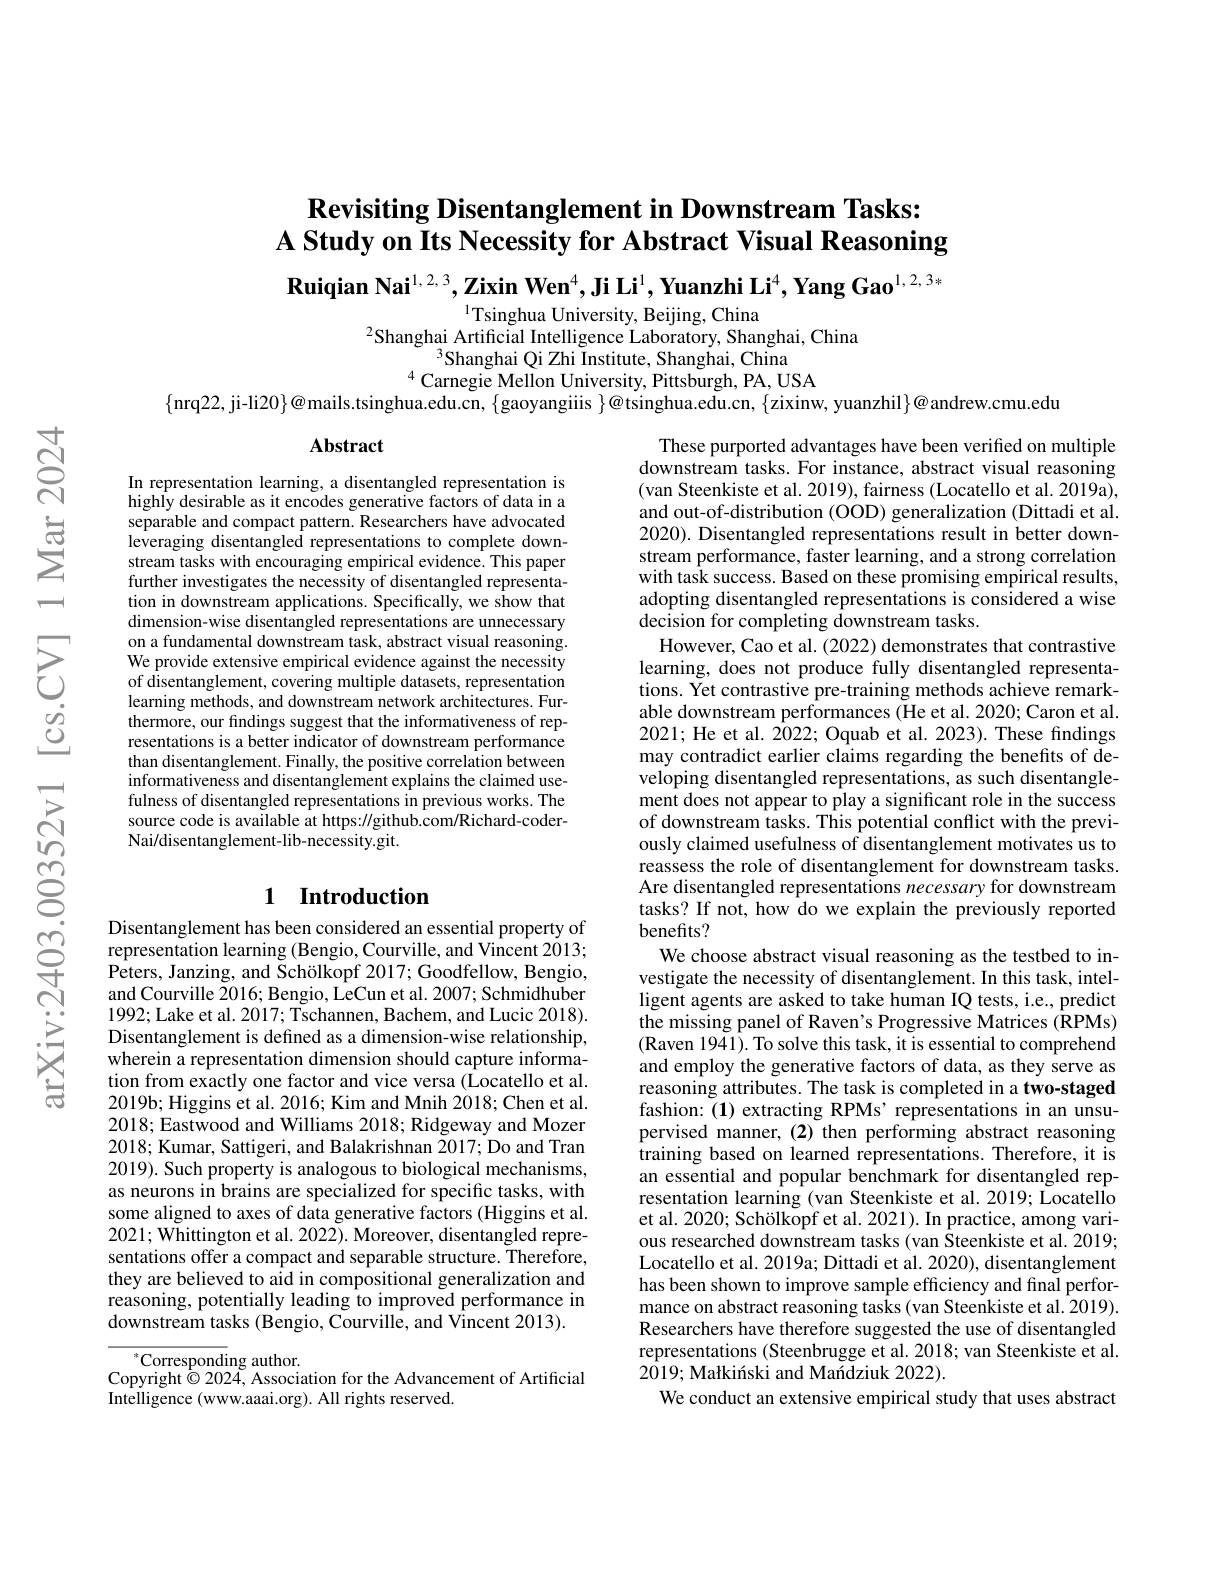
# $\textbf{Revisiting Disentanglement in Downstream Tasks: }$ A Study on Its Necessity for Abstract Visual Reasoning

Ruiqian Nai$^{1,2,3},\textbf{Zixin Wen}^4,\textbf{Ji Li}^1,\textbf{Yuanzhi Li}^4,\textbf{Yang Gao}^{1,2,3*}$
$^{1}$Tsinghua University, Beijing, China

$^{2}$Shanghai Artificial Intelligence Laboratory, Shanghai, China
$^{3}$Shanghai Qi Zhi Institute, Shanghai, China
$^{4}$Carnegie Mellon University, Pittsburgh, PA, USA
$\{$nrq22, ji-li20$\}@$mails.tsinghua.edu.cn, $\{$gaoyangiiis $\}@$tsinghua.edu.cn, $\{$zixinw, yuanzhil$\}@$andrew.cmu.edu

Abstract

In representation learning, a disentangled representation is highly desirable as it encodes generative factors of data in a separable and compact pattern. Researchers have advocated leveraging disentangled representations to complete downstream tasks with encouraging empirical evidence. This paper further investigates the necessity of disentangled representation in downstream applications. Specifically, we show that dimension-wise disentangled representations are unnecessary on a fundamental downstream task, abstract visual reasoning. We provide extensive empirical evidence against the necessity of disentanglement, covering multiple datasets, representation learning methods, and downstream network architectures. Furthermore, our findings suggest that the informativeness of representations is a better indicator of downstream performance than disentanglement. Finally, the positive correlation between informativeness and disentanglement explains the claimed usefulness of disentangled representations in previous works. The source code is available at https://github.com/Richard-coderNai/disentanglement-lib-necessity.git.

# 1 Introduction

Disentanglement has been considered an essential property of representation learning (Bengio, Courville, and Vincent 2013; Peters, Janzing, and Schölkopf 2017; Goodfellow, Bengio, and Courville 2016; Bengio, LeCun et al. 2007; Schmidhuber 1992; Lake et al. 2017; Tschannen, Bachem, and Lucic 2018). Disentanglement is defined as a dimension-wise relationship, wherein a representation dimension should capture information from exactly one factor and vice versa (Locatello et al. 2019b; Higgins et al. 2016; Kim and Mnih 2018; Chen et al. 2018; Eastwood and Williams 2018; Ridgeway and Mozer 2018; Kumar, Sattigeri, and Balakrishnan 2017; Do and Tran 2019). Such property is analogous to biological mechanisms, as neurons in brains are specialized for specific tasks, with some aligned to axes of data generative factors (Higgins et al. 2021; Whittington et al. 2022) . Moreover, disentangled repre- sentations offer a compact and separable structure. Therefore, they are believed to aid in compositional generalization and reasoning, potentially leading to improved performance in downstream tasks (Bengio, Courville, and Vincent 2013).

$^*$Corresponding author.
Copyright $\dot{\odot}$ 2024, Association for the Advancement of Artificial
Intelligence (www.aaai.org). All rights reserved

These purported advantages have been verified on multiple downstream tasks. For instance, abstract visual reasoning (van Steenkiste et al. 2019), fairness (Locatello et al. 2019a), and out-of-distribution (OOD) generalization (Dittadi et al. 2020). Disentangled representations result in better downstream performance, faster learning, and a strong correlation with task success. Based on these promising empirical results, adopting disentangled representations is considered a wise decision for completing downstream tasks.
However, Cao et al. (2022) demonstrates that contrastive learning, does not produce fully disentangled representations. Yet contrastive pre-training methods achieve remarkable downstream performances (He et al. 2020; Caron et al. 2021; He et al. 2022; Oquab et al. 2023). These findings may contradict earlier claims regarding the benefits of developing disentangled representations, as such disentanglement does not appear to play a significant role in the success of downstream tasks. This potential conflict with the previously claimed usefulness of disentanglement motivates us to reassess the role of disentanglement for downstream tasks. Are disentangled representations necessary for downstream tasks? If not, how do we explain the previously reported benefits?
We choose abstract visual reasoning as the testbed to investigate the necessity of disentanglement. In this task, intelligent agents are asked to take human IQ tests, i.e., predict the missing panel of Raven's Progressive Matrices (RPMs) (Raven 1941). To solve this task, it is essential to comprehend and employ the generative factors of data, as they serve as reasoning attributes. The task is completed in a two-staged fashion: (1) extracting RPMs' representations in an unsupervised manner, (2) then performing abstract reasoning training based on learned representations. Therefore, it is an essential and popular benchmark for disentangled representation learning (van Steenkiste et al. 2019; Locatello et al. 2020; Schölkopf et al. 2021). In practice, among various researched downstream tasks (van Steenkiste et al. 2019; Locatello et al. 2019a; Dittadi et al. 2020), disentanglement has been shown to improve sample efficiency and final performance on abstract reasoning tasks (van Steenkiste et al. 2019). Researchers have therefore suggested the use of disentangled representations (Steenbrugge et al. 2018; van Steenkiste et al. $2\bar{0} 19; \text{Mał ki\' {n}skiandMa\' {n}dziuk2022) . }$
We conduct an extensive empirical study that uses abstract